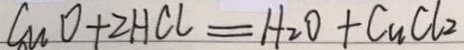
C u O + 2 H C l = H _ { 2 } O + C u C l _ { 2 }